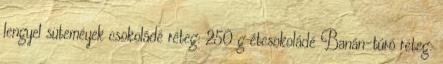
lengyel süteméyek csokoládé réteg: 250 g étcsokoládé Banán-túró réteg: